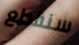
سنقطع